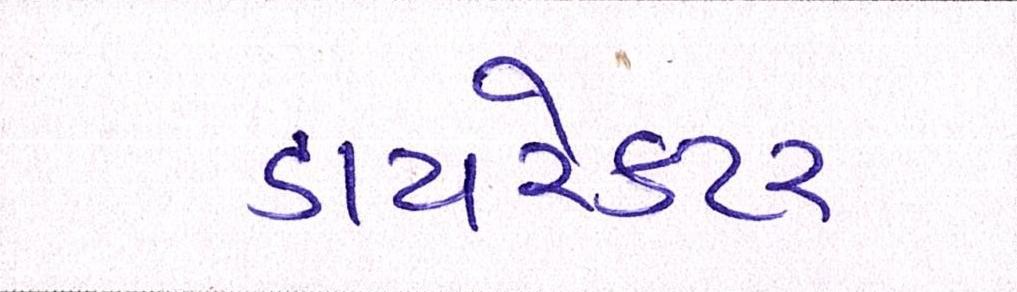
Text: ડાયરેકટર